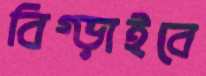
বিগ্‌ড়াইবে